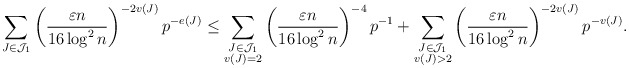
\begin{align*}\sum_{J \in \mathcal{J}_1} \left( \frac{\varepsilon n}{16 \log^2 n} \right)^{-2 v(J)} p^{-e(J)} \le \sum_{\substack{J \in \mathcal{J}_1\\v(J) = 2}} \left( \frac{\varepsilon n}{16 \log^2 n} \right)^{-4} p^{-1} + \sum_{\substack{J \in \mathcal{J}_1\\v(J) > 2}} \left( \frac{\varepsilon n}{16 \log^2 n} \right)^{-2 v(J)} p^{-v(J)}.\end{align*}